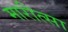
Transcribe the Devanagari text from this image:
मारीत्सा